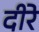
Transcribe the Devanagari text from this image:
दीरे